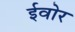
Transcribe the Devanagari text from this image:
ईवोर